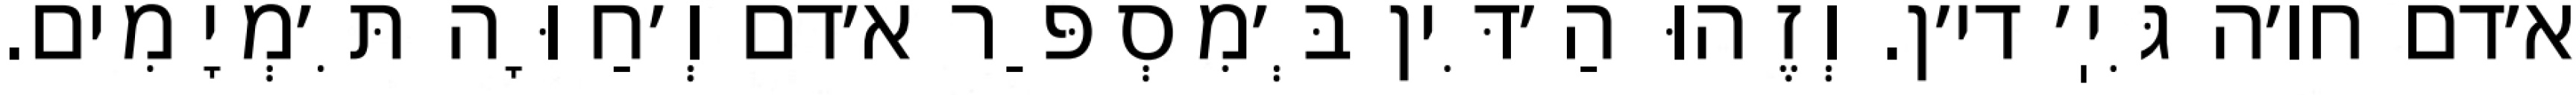
א׳דם חו׳ה גִּיֽ׳ די׳ן. וְזֶהוּ הַ׳דִּין בְּ׳מִסְפַּר א׳דם וְ׳חַוָּה תִּ׳מְיָמִים.